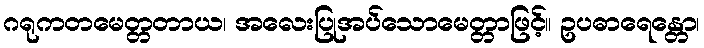
ဂရုကတမေတ္တတာယ၊ အလေးပြုအပ်သောမေတ္တာဖြင့်။ ဥပဓာရေန္တော၊